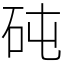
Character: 砘